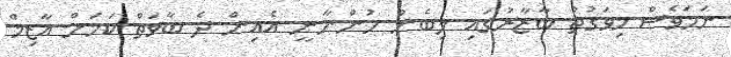
ނަމަވެސް މިވަގުތު ބާޒާރުގައި ލިބެން ހުންނާނީ އެއިން ދެ ބާވަތް ކަމަށް އާޒިމް